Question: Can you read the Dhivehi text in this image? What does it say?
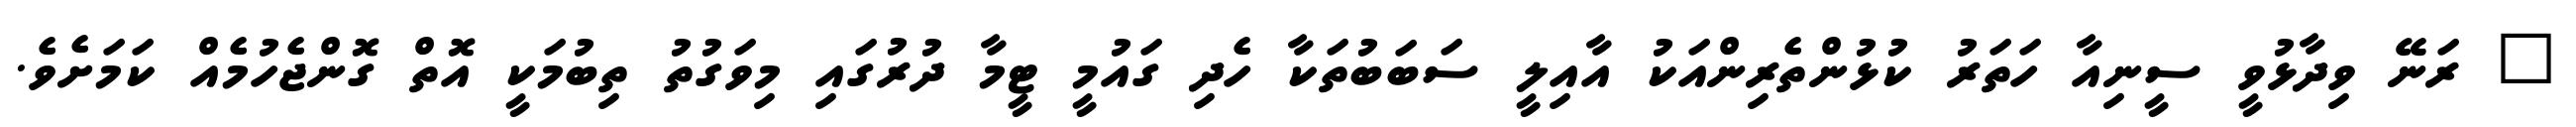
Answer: " ރަނޭ ވިދާޅުވީ ސީނިއާ ހަތަރު ކުޅުންތެރިންއަކު އާއިލީ ސަބަބުތަކާ ހެދި ގައުމީ ޓީމާ ދުރުގައި މިވަގުތު ތިބުމަކީ އޮތް ގޮންޖެހުމެއް ކަމަށެވެ.